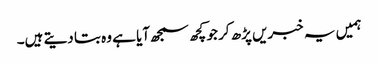
ہمیں یہ خبریں پڑھ کر جو کچھ سمجھ آیا ہے وہ بتا دیتے ہیں۔